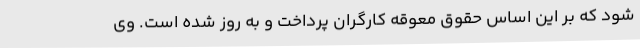
شود که بر این اساس حقوق معوقه کارگران پرداخت و به روز شده است. وی